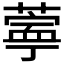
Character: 𬞊